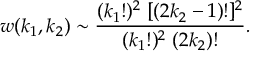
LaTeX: [ \hat { \lambda } ( u ) , a _ { \lambda } ^ { \dagger } ( u , k ) ] = \lambda a _ { \lambda } ^ { \dagger } ( u , k ) .